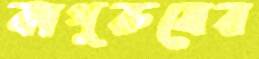
কাপুরুষের